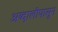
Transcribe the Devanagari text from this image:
अब्दालीपासून